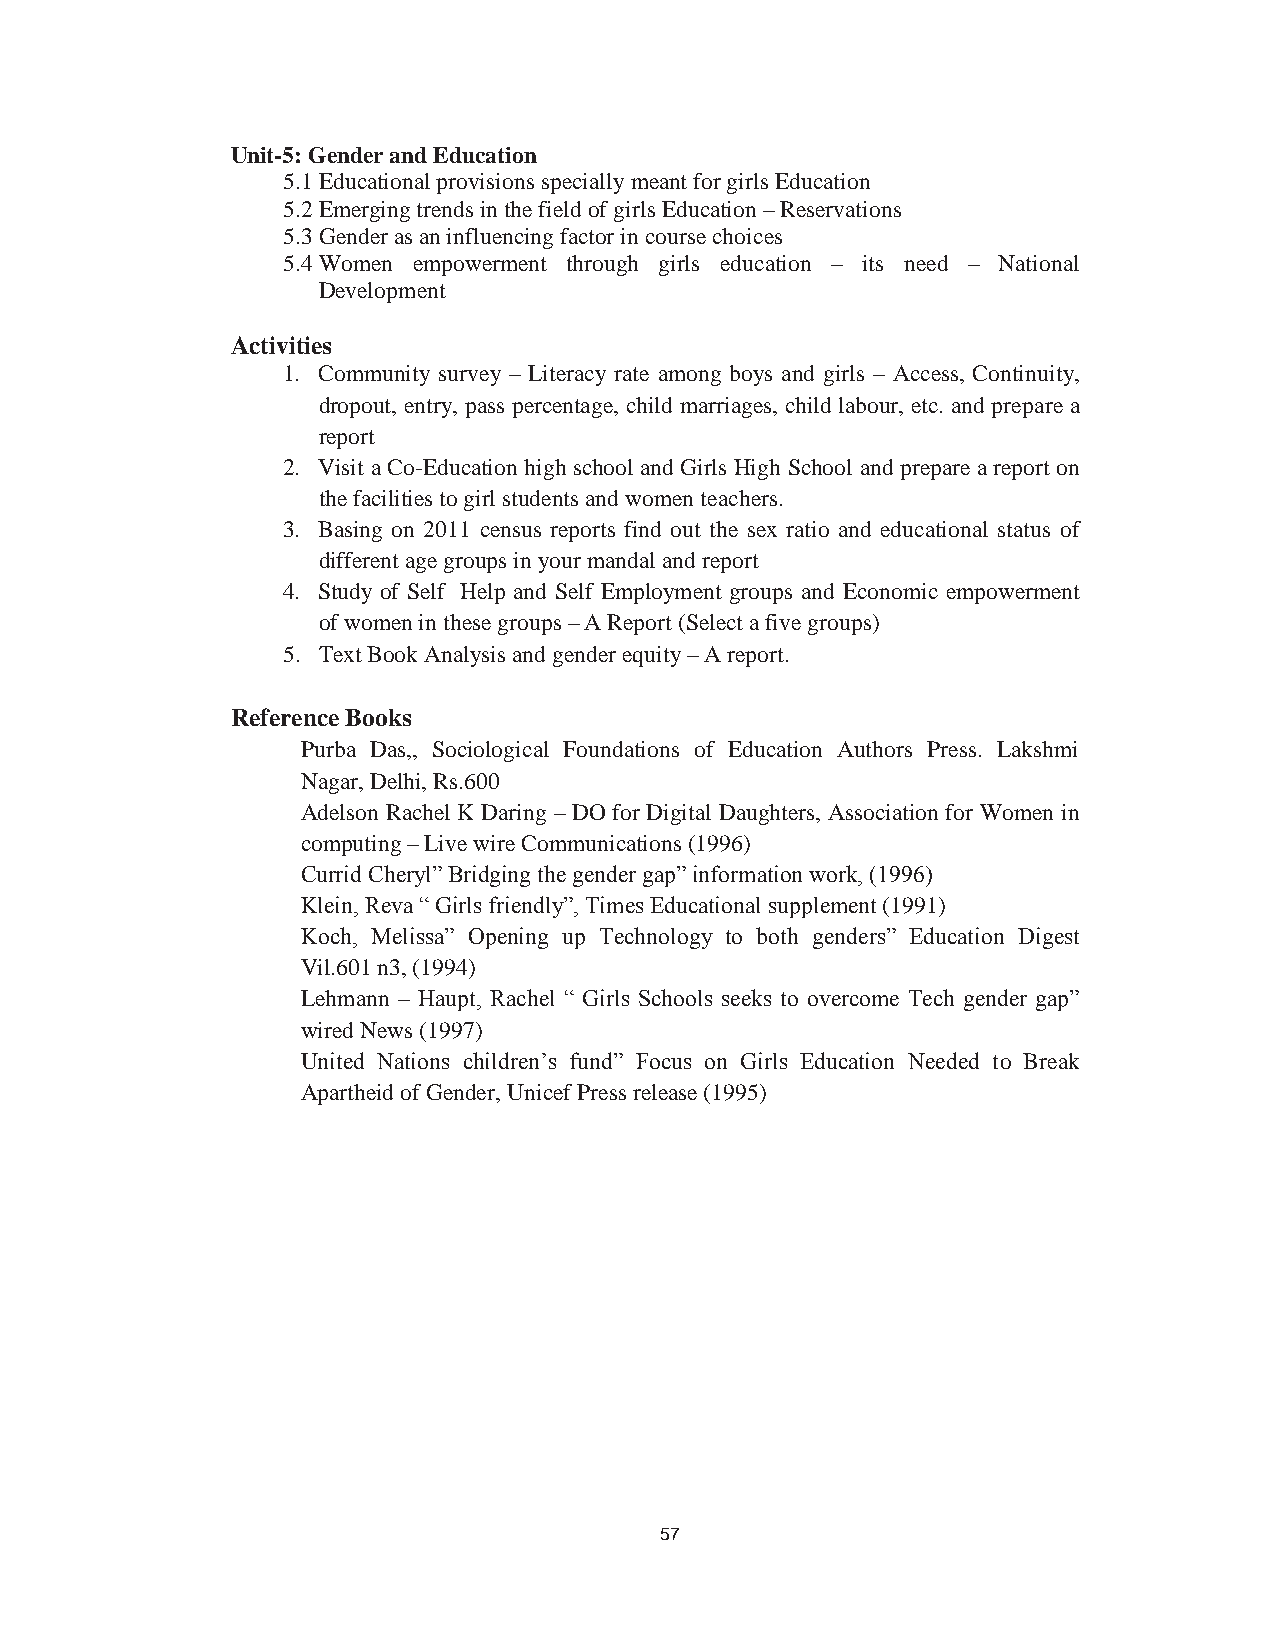
66
 Unit-5: Gender and Education
 5.1Educational provisions specially meant for girls Education
 5.2Emerging trends in the field of girls Education – Reservations
 5.3Gender as an influencing factor in course choices
 5.4Women empowerment through girls education – its need – National
 Development
 Activities
 1. Community survey – Literacy rate among boys and girls – Access, Continuity,
 dropout, entry, pass percentage, child marriages, child labour, etc. and prepare a
 report
 2. Visit a Co-Education high school and Girls High School and prepare a report on
 the facilities to girl students and women teachers.
 3. Basing on 2011 census reports find out the sex ratio and educational status of
 different age groups in your mandal and report
 4. Study of Self Help and Self Employment groups and Economic empowerment
 of women in these groups – A Report (Select a five groups)
 5. Text Book Analysis and gender equity – A report.
 Reference Books
 Purba Das,, Sociological Foundations of Education Authors Press. Lakshmi
 Nagar, Delhi, Rs.600
 Adelson Rachel K Daring – DO for Digital Daughters, Association for Women in
 computing – Live wire Communications (1996)
 Currid Cheryl” Bridging the gender gap” information work, (1996)
 Klein, Reva “ Girls friendly”, Times Educational supplement (1991)
 Koch, Melissa” Opening up Technology to both genders” Education Digest
 Vil.601 n3, (1994)
 Lehmann – Haupt, Rachel “ Girls Schools seeks to overcome Tech gender gap”
 wired News (1997)
 United Nations children’s fund” Focus on Girls Education Needed to Break
 Apartheid of Gender, Unicef Press release (1995)
 57